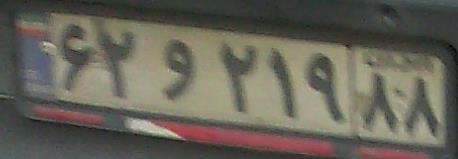
۶۲و۲۱۹۸۸